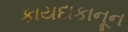
કાયદાકાનૂન